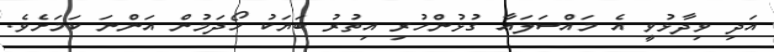
އަދި ވިދާޅުވީ އެ މައްސަލައާ ގުޅުންހުރި އިތުރު ބަޔަކު ހޯދަމުން އަންނަ ކަމަށެވެ.